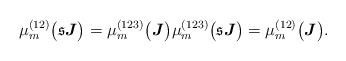
\begin{align*}\mu_m^{(12)}\big(\mathfrak{s}\boldsymbol{J}\big)=\mu_m^{(123)}\big(\boldsymbol{J}\big)\mu_m^{(123)}\big(\mathfrak{s}\boldsymbol{J}\big)=\mu_m^{(12)}\big(\boldsymbol{J}\big).\end{align*}